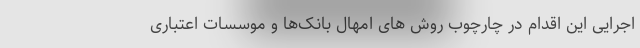
اجرایی این اقدام در چارچوب روش های امهال بانک‌ها و موسسات اعتباری